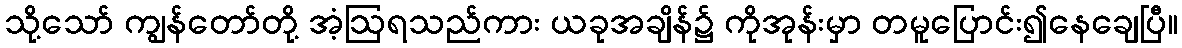
သို့သော် ကျွန်တော်တို့ အံ့ဩရသည်ကား ယခုအချိန်၌ ကိုအုန်းမှာ တမူပြောင်း၍နေချေပြီ။